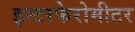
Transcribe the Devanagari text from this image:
इन्टरफेरोमीटर